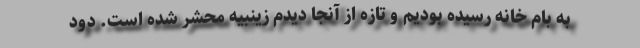
به بام خانه رسیده بودیم و تازه از آنجا دیدم زینبیه محشر شده است. دود